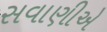
સવાણીએ